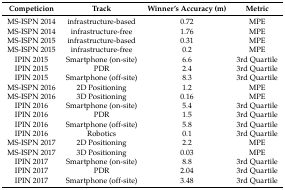
<table><thead><tr><td><b>Competicion</b></td><td><b>Track</b></td><td><b>Winner’s Accuracy (m)</b></td><td><b>Metric</b></td></tr></thead><tbody><tr><td>MS-ISPN 2014</td><td>infrastructure-based</td><td>0.72</td><td>MPE</td></tr><tr><td>MS-ISPN 2014</td><td>infrastructure-free</td><td>1.76</td><td>MPE</td></tr><tr><td>MS-ISPN 2015</td><td>infrastructure-based</td><td>0.31</td><td>MPE</td></tr><tr><td>MS-ISPN 2015</td><td>infrastructure-free</td><td>0.2</td><td>MPE</td></tr><tr><td>IPIN 2015</td><td>Smartphone (on-site)</td><td>6.6</td><td>3rd Quartile</td></tr><tr><td>IPIN 2015</td><td>PDR</td><td>2.4</td><td>3rd Quartile</td></tr><tr><td>IPIN 2015</td><td>Smartphone (off-site)</td><td>8.3</td><td>3rd Quartile</td></tr><tr><td>MS-ISPN 2016</td><td>2D Positioning</td><td>1.2</td><td>MPE</td></tr><tr><td>MS-ISPN 2016</td><td>3D Positioning</td><td>0.16</td><td>MPE</td></tr><tr><td>IPIN 2016</td><td>Smartphone (on-site)</td><td>5.4</td><td>3rd Quartile</td></tr><tr><td>IPIN 2016</td><td>PDR</td><td>1.5</td><td>3rd Quartile</td></tr><tr><td>IPIN 2016</td><td>Smartphone (off-site)</td><td>5.8</td><td>3rd Quartile</td></tr><tr><td>IPIN 2016</td><td>Robotics</td><td>0.1</td><td>3rd Quartile</td></tr><tr><td>MS-ISPN 2017</td><td>2D Positioning</td><td>2.2</td><td>MPE</td></tr><tr><td>MS-ISPN 2017</td><td>3D Positioning</td><td>0.03</td><td>MPE</td></tr><tr><td>IPIN 2017</td><td>Smartphone (on-site)</td><td>8.8</td><td>3rd Quartile</td></tr><tr><td>IPIN 2017</td><td>PDR</td><td>2.04</td><td>3rd Quartile</td></tr><tr><td>IPIN 2017</td><td>Smartphone (off-site)</td><td>3.48</td><td>3rd Quartile</td></tr></tbody></table>